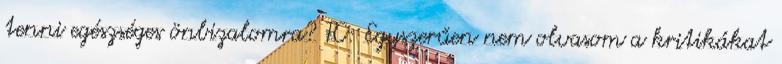
tenni egészséges önbizalomra? TC: Egyszerűen nem olvasom a kritikákat